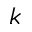
k